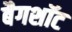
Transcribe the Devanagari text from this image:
बैगशॉट